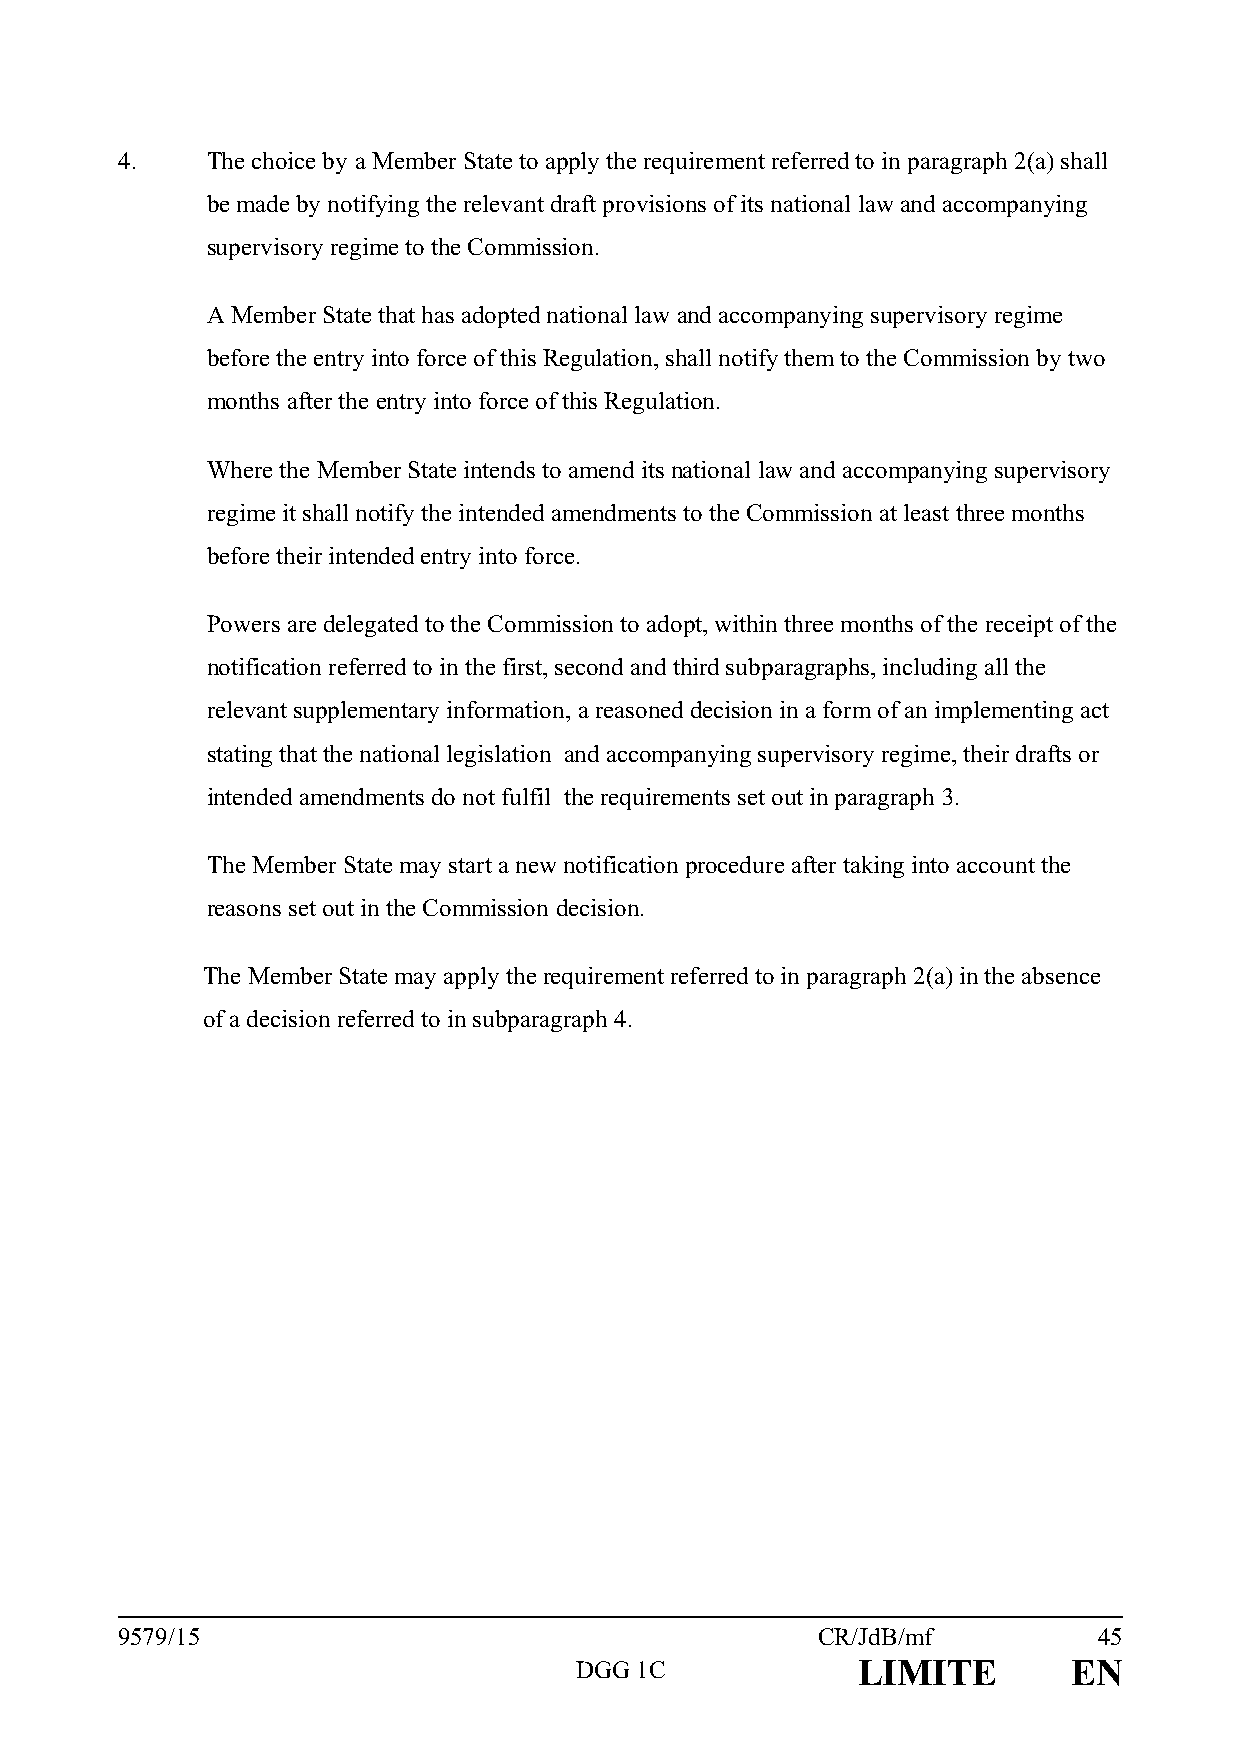
4.    The choice by a Member State to apply the requirement referred to in paragraph 2(a) shall
 be made by notifying the relevant draft provisions of its national law and accompanying
 supervisory regime to the Commission.
 A Member State that has adopted national law and accompanying supervisory regime
 before the entry into force of this Regulation, shall notify them to the Commission by two
 months after the entry into force of this Regulation.
 Where the Member State intends to amend its national law and accompanying supervisory
 regime it shall notify the intended amendments to the Commission at least three months
 before their intended entry into force.
 Powers are delegated to the Commission to adopt, within three months of the receipt of the
 notification referred to in the first, second and third subparagraphs, including all the
 relevant supplementary information, a reasoned decision in a form of an implementing act
 stating that the national legislation and accompanying supervisory regime, their drafts or
 intended amendments do not fulfil the requirements set out in paragraph 3.
 The Member State may start a new notification procedure after taking into account the
 reasons set out in the Commission decision.
 The Member State may apply the requirement referred to in paragraph 2(a) in the absence
 of a decision referred to in subparagraph 4.
 9579/15                                       CR/JdB/mf          45
 DGG 1C             LIMITE        EN